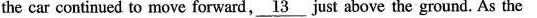
the car continued to move forward, \underline{13} just above the ground. As the